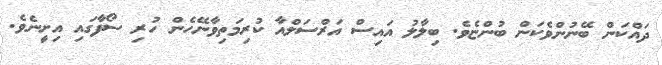
ދައްކަން ބޭނުންވެކަން ބުންޏެވެ. ބިލާލު އައިސް އަރްސަލްއާ ކުރިމަތިވާނޭހެން ހުރި ސޯފާގައި އިށީނެވެ.